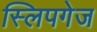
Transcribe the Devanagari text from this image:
स्लिपगेज